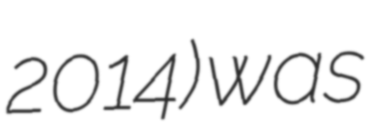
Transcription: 2014) was